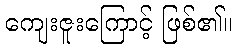
ကျေးဇူးကြောင့် ဖြစ်၏။